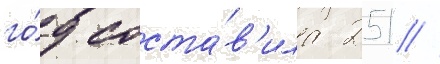
го́д соста́в'ила 251 /